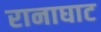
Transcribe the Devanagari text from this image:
रानाघाट